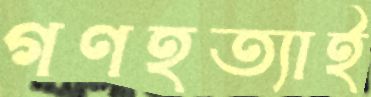
গণহত্যাই